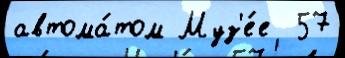
автома́том Муз'е́е  57